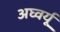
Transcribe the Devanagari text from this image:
अघ्वर्यू